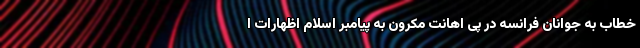
خطاب به جوانان فرانسه در پی اهانت مکرون به پیامبر اسلام اظهارات ا